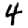
Digit: 4